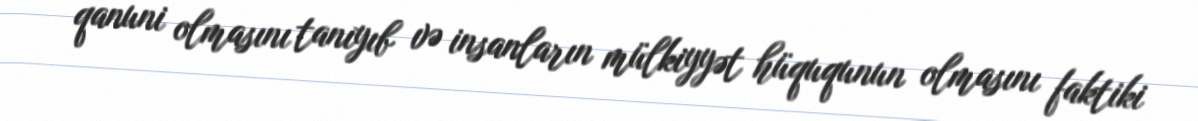
qanuni olmasını tanıyıb və insanların mülkiyyət hüququnun olmasını faktiki